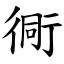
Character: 衕